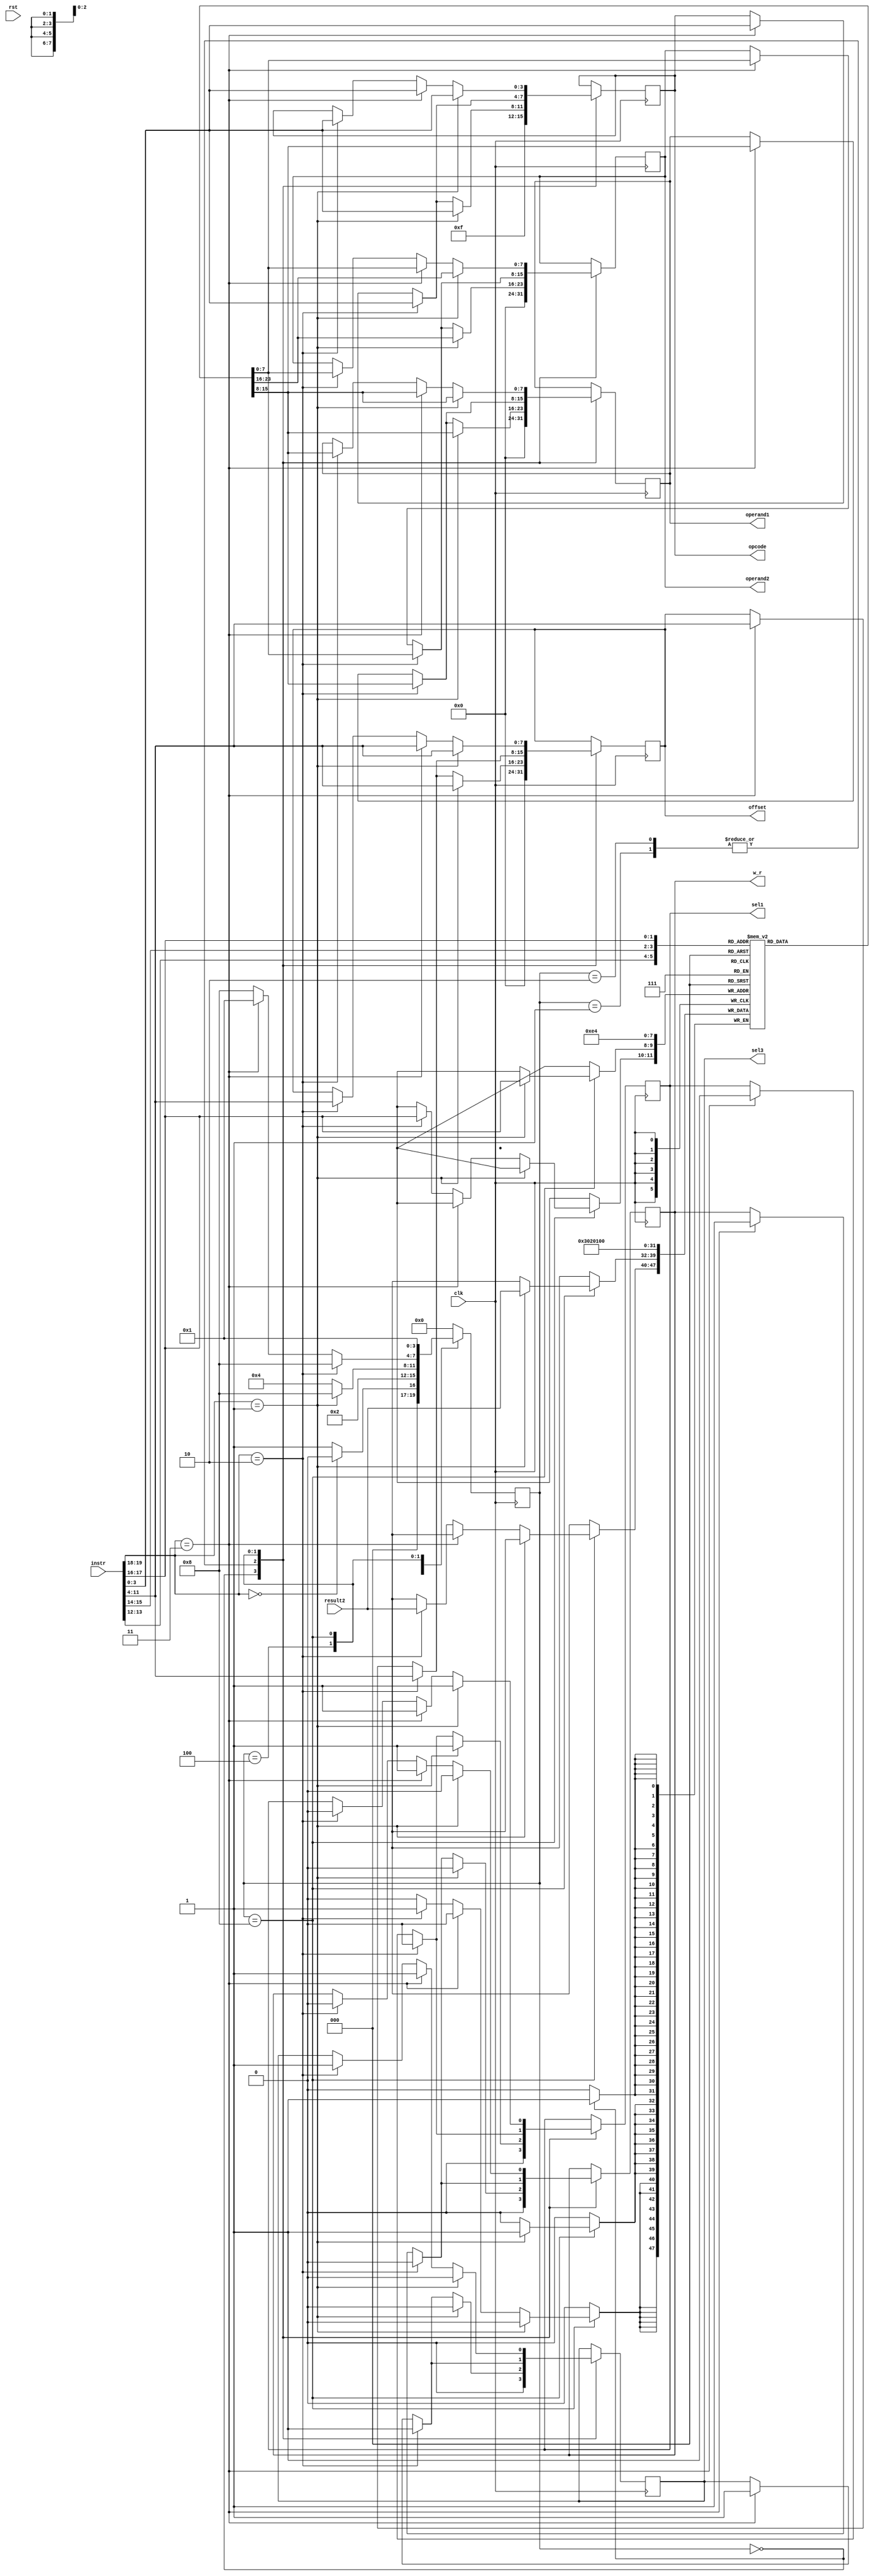
`timescale 1ns / 1ps

module CU (clk,rst, instr, result2, operand1, operand2, offset, opcode, sel1, sel3,w_r);
    //Defaults unless overwritten during instantiation
    parameter DATA_WIDTH = 8; //8 bit wide data
    parameter ADDR_BITS = 5; //32 Addresses
    parameter INSTR_WIDTH =20; 
    //INPUTS
    input clk,rst;
    input [INSTR_WIDTH-1:0]instr;
    input [DATA_WIDTH-1:0] result2;

    //OUTPUTS
    output reg [DATA_WIDTH-1:0] operand1;
    output reg [DATA_WIDTH-1:0] operand2;
    output reg [DATA_WIDTH-1:0] offset;
    output reg [3:0] opcode;
    output reg sel1, sel3, w_r;

    //REGISTER FILE: CU internal register file of 4 registers.  This is a over simplication of a real solution
    reg [DATA_WIDTH-1:0] regfile [0:3];
    reg [INSTR_WIDTH-1:0]instruction;
    
    //STATES
    parameter RESET = 4'b0000;
    parameter DECODE = 4'b0001;
    parameter EXECUTE = 4'b0010;
    parameter MEM_ACCESS = 4'b0100;
    parameter WRITE_BACK = 4'b1000;
        
    reg [3:0] state = RESET;
    
    
    always @(posedge clk) begin
        instruction = instr;
        case (state)
            RESET : begin //#0
                if (instruction[19:18] == 2'b00)  begin
                    state = RESET; 
                    end else begin
                    state = DECODE; //#1
                    end
                //-----------------------------
                //Write initial values to regfile
                regfile[0]<= 8'd0;
                regfile[1]<= 8'd1;
                regfile[2]<= 8'd2;
                regfile[3]<= 8'd3;

                //Set output reset defaults
                operand1 <= #(DATA_WIDTH)'d0;
                operand2 <= #(DATA_WIDTH)'d0;
                offset <= #(DATA_WIDTH)'d0;
                opcode <= 4'b1111;
                sel1 <= 0;
                sel3 <= 0;
                w_r <= 0;
                //-----------------------------
            end

            DECODE : begin //#1
                state = EXECUTE; //#2
                if (instruction[19:18] == 2'b1) begin //std_op
                    operand1 <= regfile[instruction[15:14]]; //X2
                    operand2 <= regfile[instruction[13:12]]; //X3
                    offset <= instruction[11:4];
                    opcode <= instruction[3:0];
                   sel1 <= 1;
                    sel3 <= 0;
                    w_r <= 0;
                end else if (instruction[19:18] == 2'b10) begin //loadR 
                    operand1 <= regfile[instruction[15:14]]; //X2
                    operand2 <= regfile[instruction[17:16]]; //z
                    offset <= instruction[11:4];
                    opcode <= instruction[3:0];
                    sel1 <= 0; //pass data_out
                    sel3 <= 1; //pass offset
                    w_r <= 0;
                end else if (instruction[19:18] == 2'b11) begin //storeR 
                   /******************************************** 
                   *
                   * FILL IN CORRECT CODE HERE
                   *
                   ********************************************/ 
                  operand1 <= regfile[instruction[15:14]];
                  operand2 <= regfile[instruction[17:16]];
                  offset <= instruction[11:4];
                  opcode <= instruction[3:0];
                  sel1 <= 1;
                  sel3 <= 1;
                  w_r <= 1;

                end
            end
            EXECUTE: begin //#2
                state = MEM_ACCESS; //#3
                if (instruction[19:18] == 2'b01) begin //std_op
                    state = WRITE_BACK;
                    operand1 <= regfile[instruction[15:14]]; //X2
                    operand2 <= regfile[instruction[13:12]]; //X3
                    offset <= instruction[11:4];
                    opcode <= instruction[3:0];
                    sel1 <= 1;
                    sel3 <= 0;
                    w_r <= 0;

                end else if (instruction[19:18] == 2'b10) begin //loadR  
                    operand1 <= regfile[instruction[15:14]]; //X2
                    operand2 <= regfile[instruction[17:16]]; //z
                    offset <= instruction[11:4];
                    opcode <= instruction[3:0];
                    sel1 <= 0; //pass data_out
                    sel3 <= 1; //pass offset
                    w_r <= 0;
                end else if (instruction[19:18] == 2'b11) begin //storeR
                   /******************************************** 
                   *
                   * FILL IN CORRECT CODE HERE
                   *
                   ********************************************/ 
                  operand1 <= regfile[instruction[15:14]];
                  operand2 <= regfile[instruction[17:16]];
                  offset <= instruction[11:4];
                  opcode <= instruction[3:0];
                  sel1 <= 1;
                  sel3 <= 1;
                  w_r <= 1;
                end
            end
            MEM_ACCESS: begin //#3
                state = WRITE_BACK; //#4
                if (instruction[19:18] == 2'b10) begin //loadR             
                    operand1 <= regfile[instruction[15:14]]; //X2
                    operand2 <= regfile[instruction[17:16]]; //z
                    offset <= instruction[11:4];
                    opcode <= instruction[3:0];
                    sel1 <= 0; //pass data_out
                    sel3 <= 1; //pass offset
                    w_r <= 0;
                end else if (instruction[19:18] == 2'b11) begin //storeR 
                   /******************************************** 
                   *
                   * FILL IN CORRECT CODE HERE
                   * Take note of what the next state should be according to
                   * the FSM
                   *
                   ********************************************/ 
                  operand1 <= regfile[instruction[15:14]];
                  operand2 <= regfile[instruction[17:16]];
                  offset <= instruction[11:4];
                  opcode <= instruction[3:0];
                  sel1 <= 1;
                  sel3 <= 1;
                  w_r <= 1;
                  state = DECODE;
                end
            end
            WRITE_BACK: begin //#4
                state = DECODE; //#1
                if (instruction[19:18] == 2'b01) begin //std_op
                    regfile[instruction[17:16]] <= result2; //X1

                    operand1 <= regfile[instruction[15:14]]; //X2
                    operand2 <= regfile[instruction[13:12]]; //X3
                    offset <= instruction[11:4];
                    opcode <= instruction[3:0];
                    sel1 <= 1;
                    sel3 <= 0;
                    w_r <= 0;
                end else if (instruction[19:18] == 2'b11) begin //storeR 
                   /******************************************** 
                   *
                   * FILL IN CORRECT CODE HERE
                   *
                   ********************************************/ 
                  operand1 <= regfile[instruction[15:14]];
                  operand2 <= regfile[instruction[17:16]];
                  offset <= instruction[11:4];
                  opcode <= instruction[3:0];
                  sel1 <= 1;
                  sel3 <= 1;
                  w_r <= 1;
                                  
                end else if (instruction[19:18] == 2'b10) begin //loadR             
                    regfile[instruction[17:16]] <= result2; //From data mem
                    operand1 <= regfile[instruction[15:14]]; //X2
                    operand2 <= regfile[instruction[17:16]]; //z
                    offset <= instruction[11:4];
                    opcode <= instruction[3:0];
                    sel1 <= 0; //pass data_out
                    sel3 <= 1; //pass offset
                    w_r <= 0;
                end
            end

            default: // Fault Recovery
            state = RESET; //#0
        endcase
    end
endmodule